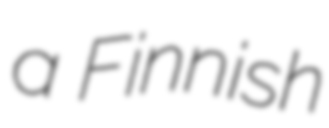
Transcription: a Finnish